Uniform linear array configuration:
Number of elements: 24
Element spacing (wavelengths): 1
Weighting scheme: exponential
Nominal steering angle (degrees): -60
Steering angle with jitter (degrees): -60.513
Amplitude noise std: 0.05
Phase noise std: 0.05

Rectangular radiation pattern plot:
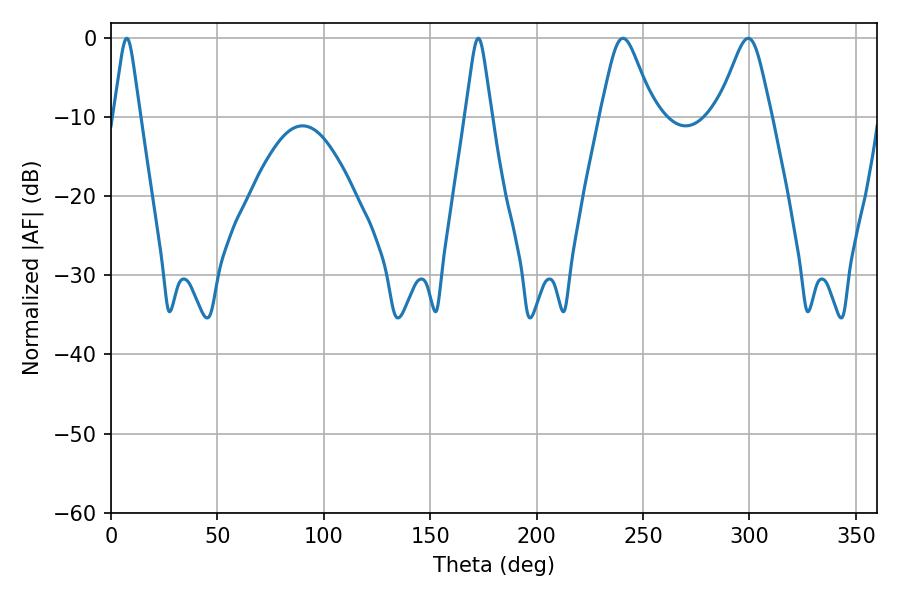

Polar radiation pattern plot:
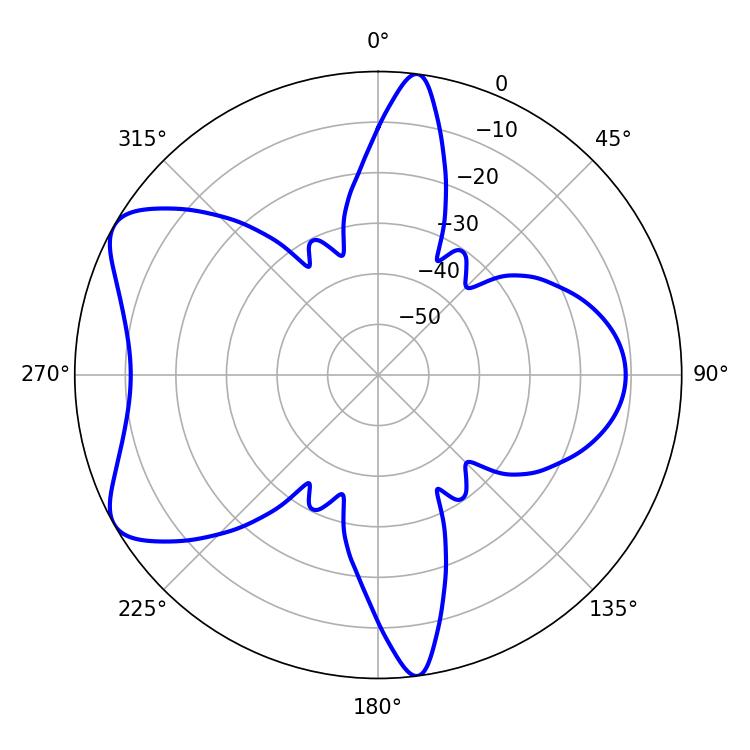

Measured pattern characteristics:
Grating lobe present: TRUE
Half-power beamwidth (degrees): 12.06
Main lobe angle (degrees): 299.52